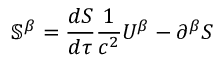
\mathbb { S } ^ { \beta } = \frac { d { S } } { d \tau } \frac { 1 } { c ^ { 2 } } U ^ { \beta } - \partial ^ { \beta } S